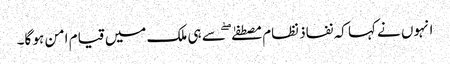
انہوں نے کہا کہ نفاذ نظام مصطفےٰ ۖ سے ہی ملک میں قیام امن ہو گا۔